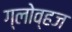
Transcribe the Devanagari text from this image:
ग्लोव्हज